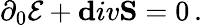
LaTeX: \partial_{0}{\cal E}+{\mathbf div}{\mathbf S}=0\, .